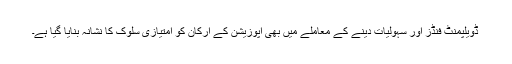
ڈویلپمنٹ فنڈز اور سہولیات دینے کے معاملے میں بھی اپوزیشن کے ارکان کو امتیازی سلوک کا نشانہ بنایا گیا ہے۔